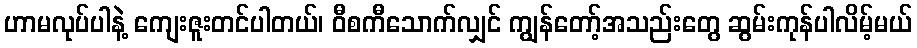
ဟာမလုပ်ပါနဲ့ ကျေးဇူးတင်ပါတယ်၊ ဝီစကီသောက်လျှင် ကျွန်တော့်အသည်းတွေ ဆွမ်းကုန်ပါလိမ့်မယ်